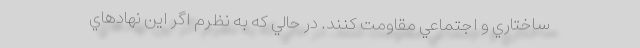
ساختاري و اجتماعي مقاومت كنند. در حالي كه به نظرم اگر اين نهادهاي